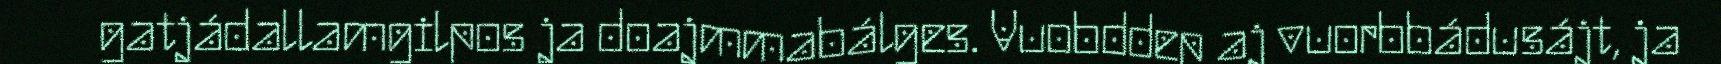
gatjádallamgilpos ja doajmmabálges. Vuobddep aj vuorbbádusájt, ja